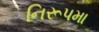
નિરૂપમા